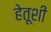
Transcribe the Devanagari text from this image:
हेतूशी